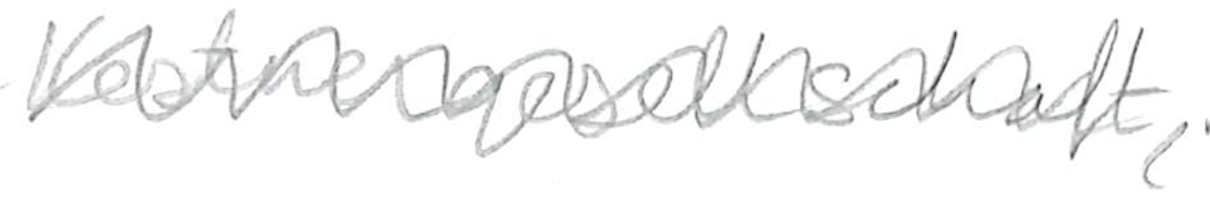
Text: Kestnergesellschaft,
Cross-out: zig-zag
Writing tool: pencil